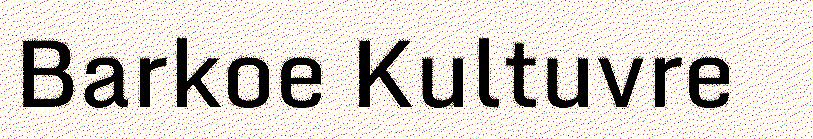
Barkoe Kultuvre